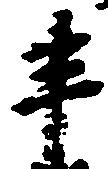
半